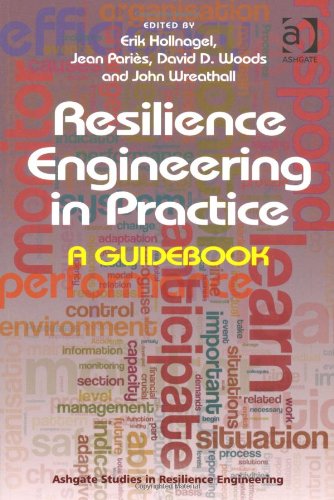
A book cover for Resilience Engineering in Practice: A Guidebook (Ashgate Studies in Resilience Engineering); Jean Paries; Business & Money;